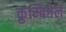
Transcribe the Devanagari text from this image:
क्रुम्बिगेल